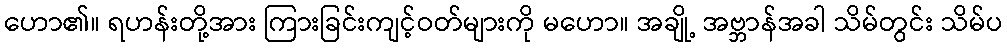
ဟော၏။ ရဟန်းတို့အား ကြားခြင်းကျင့်ဝတ်များကို မဟော။ အချို့ အဗ္ဘာန်အခါ သိမ်တွင်း သိမ်ပ